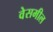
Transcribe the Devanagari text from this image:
वेसमील